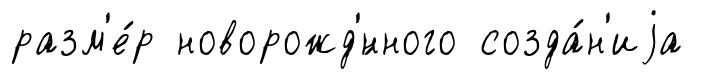
разм'е́р новорожд'́нного созда́н'иjа